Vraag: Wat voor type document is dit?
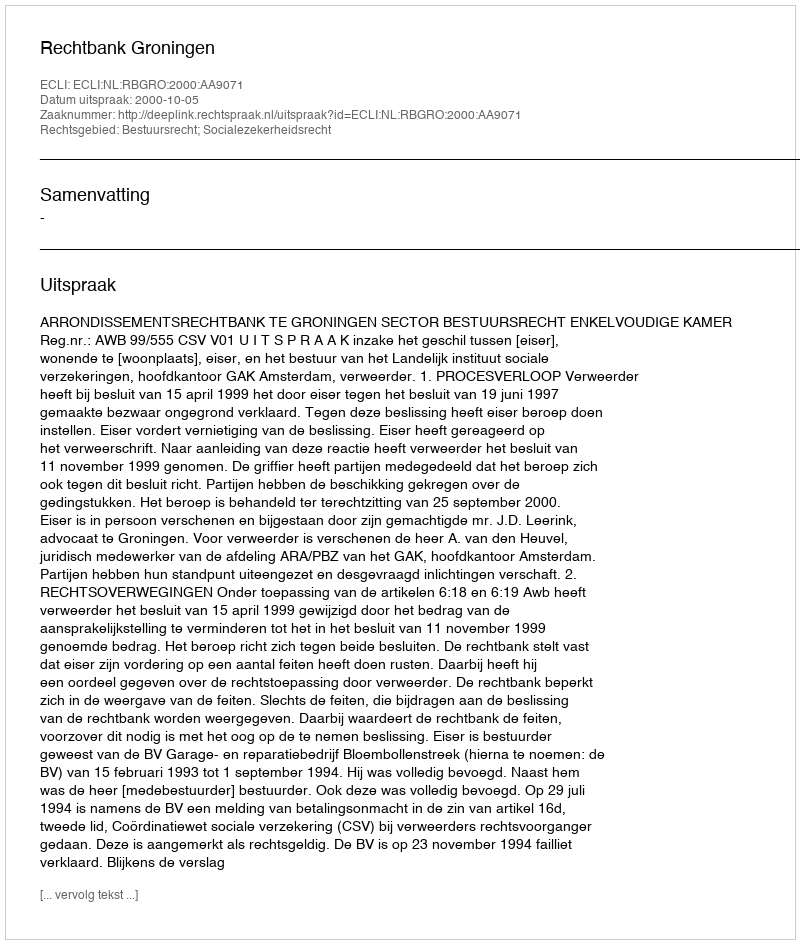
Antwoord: Uitspraak